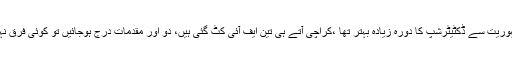
2015ء)تحریک انصاف کے چیئرمین عمران خان نے کہا ہے کہ نوازجمہوریت سے ڈکٹیٹرشپ کا دورہ زیادہ بہتر تھا ،کراچی آتے ہی تین ایف آئی کٹ گئی ہیں، دو اور مقدمات درج ہوجائیں تو کوئی فرق نہیں پڑتا،پرتپاک استقبال کرنے پر کراچی کے عوام کا دل سے مشکور ہوں۔